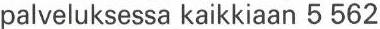
palveluksessa kaikkiaan 5 562